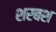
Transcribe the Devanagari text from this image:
शरबश